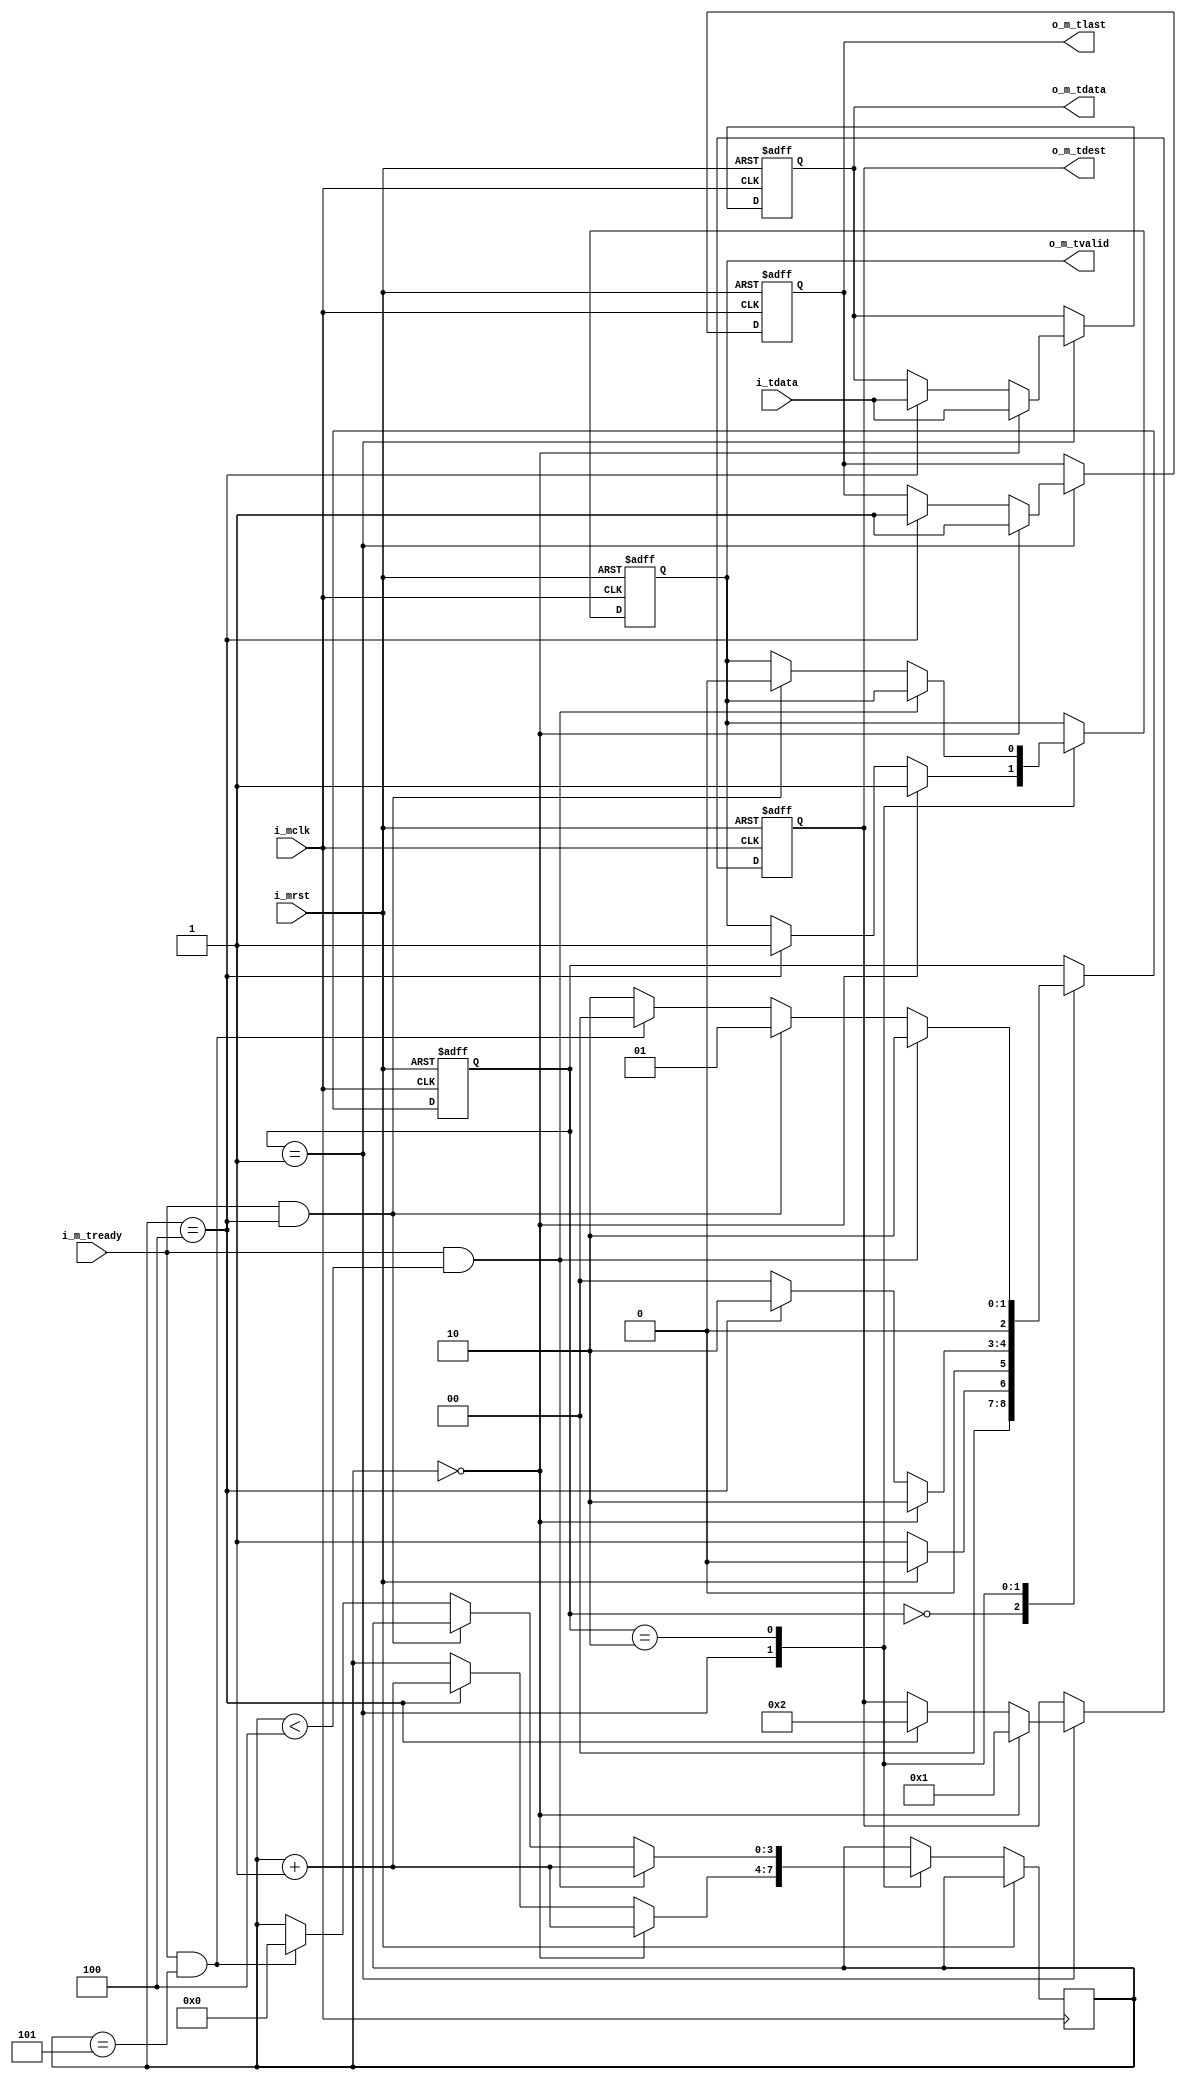
`timescale 1ns / 1ps
//////////////////////////////////////////////////////////////////////////////////
// Company: 
// Engineer: 
// 
// Design Name: 
// Module Name: axis_master
// Project Name: 
// Target Devices: 
// Tool Versions: 
// Description: 
// 
// Dependencies: 
// 
// Revision:
// Revision 0.01 - File Created
// Additional Comments:
// 
//////////////////////////////////////////////////////////////////////////////////


module axis_master(
//global signals 
input i_mclk,
input i_mrst,
input[7:0]i_tdata,
//axis signals 
input 	   i_m_tready,
output reg o_m_tvalid,
output reg [4:0] o_m_tdest,
output reg [7:0] o_m_tdata,
output reg o_m_tlast
   
   );
	
reg [2:0] axis_state = 3'b0;
reg [3:0] cntr_tdest = 4'b0;
reg data_sent_flag0 = 0;
reg data_sent_flag1 = 0;


//axi_switch state
parameter IDLE 		   = 3'b0;
parameter SET_TVALID   = 3'b001;
parameter CHECK_TREADY = 3'b010;

always@(posedge i_mclk or posedge i_mrst)
	begin 
		if(i_mrst)
			begin 
			o_m_tdata  <= 0;
			o_m_tdest  <= 0;
			o_m_tlast  <= 0;
			o_m_tvalid <= 0;
			axis_state <= IDLE;
			end 
		else begin 
				case (axis_state)
					IDLE: begin 
							if(i_mrst)
							axis_state <= IDLE;
							else 
							axis_state <= SET_TVALID;
						  end 
					SET_TVALID: begin 
									if(cntr_tdest == 4'b0)
										begin 
											o_m_tvalid <= 1'b1;
											o_m_tdata  <= i_tdata;
											o_m_tdest  <= 5'b00001;
											o_m_tlast  <= 1'b1;
											cntr_tdest <= cntr_tdest +1;
											axis_state <= CHECK_TREADY;
										end 
									else if (cntr_tdest == 4'b0100)
										begin 
											o_m_tvalid <= 1'b1;
											o_m_tdata  <= i_tdata;
											o_m_tdest  <= 5'b00010;
											o_m_tlast  <= 1'b1;
											cntr_tdest <= cntr_tdest+1;
											axis_state <= CHECK_TREADY;
										end 
									else 
										axis_state <= IDLE; 
								end
					CHECK_TREADY: begin 
										if(i_m_tready && cntr_tdest < 4'b0100)
											begin 
												data_sent_flag0 <= 1'b1;
												axis_state      <= CHECK_TREADY;
												cntr_tdest      <= cntr_tdest+1;
											end 
										else if(i_m_tready && cntr_tdest == 4'b0100)
											begin 
												o_m_tvalid <= 1'b0;
												axis_state <= SET_TVALID;	
											end 
										else if(i_m_tready && cntr_tdest == 4'b0101 )
											begin 
												data_sent_flag1 <= 1'b1;
												axis_state      <= IDLE;
												cntr_tdest      <= 4'b0;
											end 
										else 
											axis_state <= CHECK_TREADY;
									end 
			endcase
			end 
	end 
	
	
endmodule